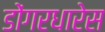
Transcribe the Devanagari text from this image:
डोंगरधारेस